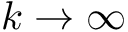
k \to \infty